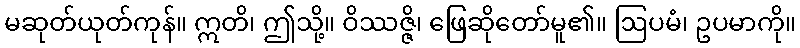
မဆုတ်ယုတ်ကုန်။ ဣတိ၊ ဤသို့။ ဝိဿဇ္ဇိ၊ ဖြေဆိုတော်မူ၏။ ဩပမံ၊ ဥပမာကို။